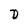
Character: D